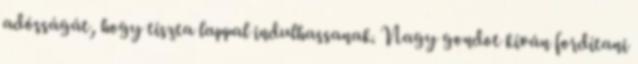
adósságát, hogy tiszta lappal indulhassanak. Nagy gondot kíván fordítani